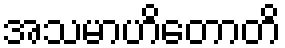
အသမာဟိတောတိ